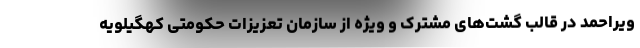
ویراحمد در قالب گشت‌های مشترک و ویژه از سازمان تعزیزات حکومتی کهگیلویه